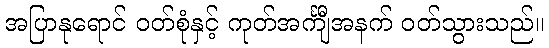
အပြာနုရောင် ဝတ်စုံနှင့် ကုတ်အင်္ကျီအနက် ဝတ်သွားသည်။